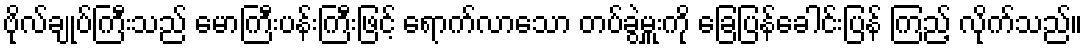
ဗိုလ်ချုပ်ကြီးသည် မောကြီးပန်းကြီးဖြင့် ရောက်လာသော တပ်ခွဲမှူးကို ခြေပြန်ခေါင်းပြန် ကြည့် လိုက်သည်။